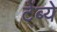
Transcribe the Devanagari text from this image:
टेंब्ये